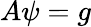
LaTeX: A\psi=g